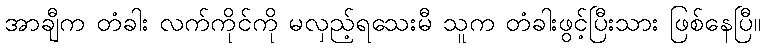
အာချီက တံခါး လက်ကိုင်ကို မလှည့်ရသေးမီ သူက တံခါးဖွင့်ပြီးသား ဖြစ်နေပြီ။